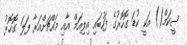
ސީކަމް() އަކީ ކުޑަ ގޮހޮރުގެ ފަހުބައި އިލިއަމް އާއި މައްޗަށްއަރާ ފަލަ ގޮހޮރު